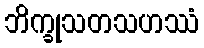
ဘိက္ခုသတသဟဿံ